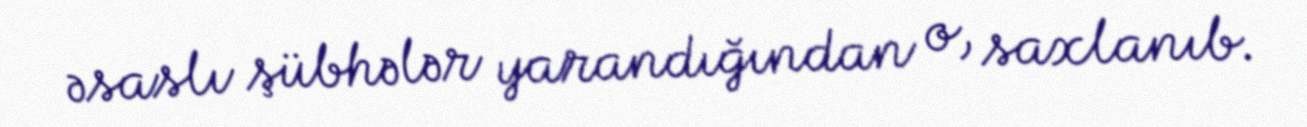
əsaslı şübhələr yarandığından o, saxlanıb.